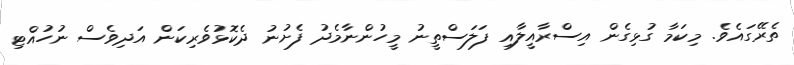
ތެރޭގައެވެ. މިކަމާ ގުޅިގެން އިސްރާއީލާއި ފަލަސްތީނު މީހުންނާމެދު ފެށުނު ދެކޮޅުވެރިކަން އަދިވެސް ނުހުއްޓި